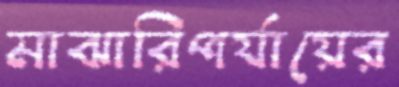
মাঝারিপর্যায়ের